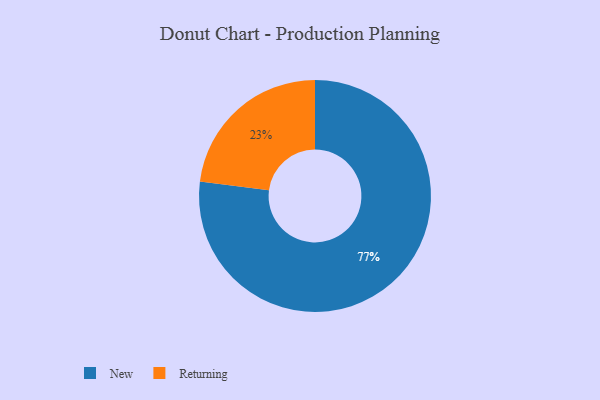
{"axis": {"x": "Category", "y": "Percentage"}, "legend": ["New", "Returning"], "data": [{"x": "New", "y": 77, "type": "New"}, {"x": "Returning", "y": 23, "type": "Returning"}]}